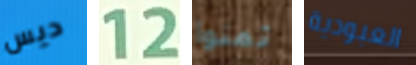
ديس 12 تمنوا العبودية